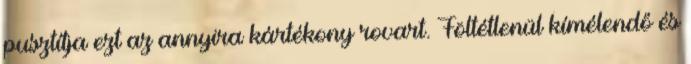
pusztítja ezt az annyira kártékony rovart. Föltétlenül kímélendő és